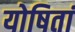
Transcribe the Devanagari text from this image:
योषितां